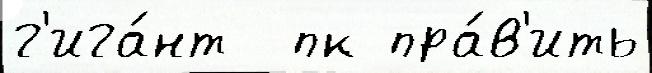
г'ига́нт  пк пра́в'ить